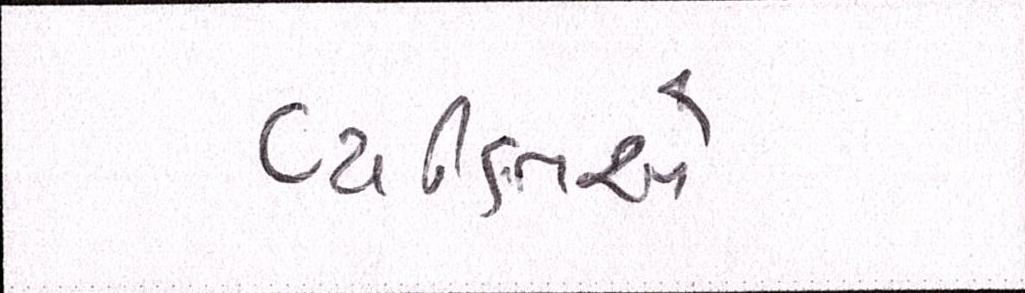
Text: વ્યકિતએ